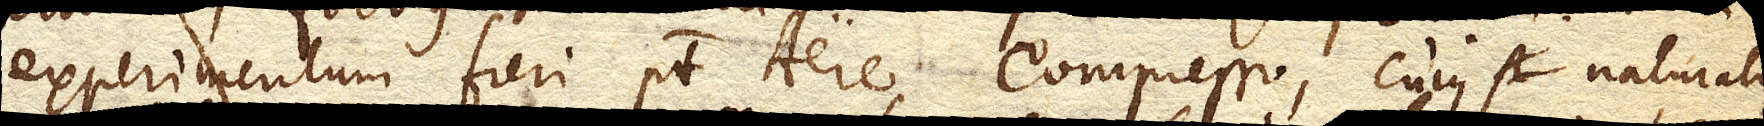
experimentum fieri potest Aere compresso, cujus naturalis